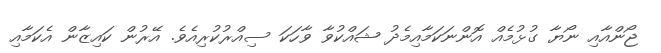
ޖޯންއާއި ނޯޔާ ގުޅުމެއް އޮންނަކަމާއިމެދު ޝައްކުވާ ވާހަކަ ސިއްރުކުރިއެވެ. އޭރުން ކައިޒާން އެކަމާއި